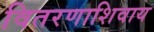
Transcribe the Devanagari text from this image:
वितरणाशिवाय